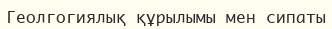
Геолгогиялық құрылымы мен сипаты